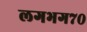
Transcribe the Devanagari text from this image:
लगभग७०